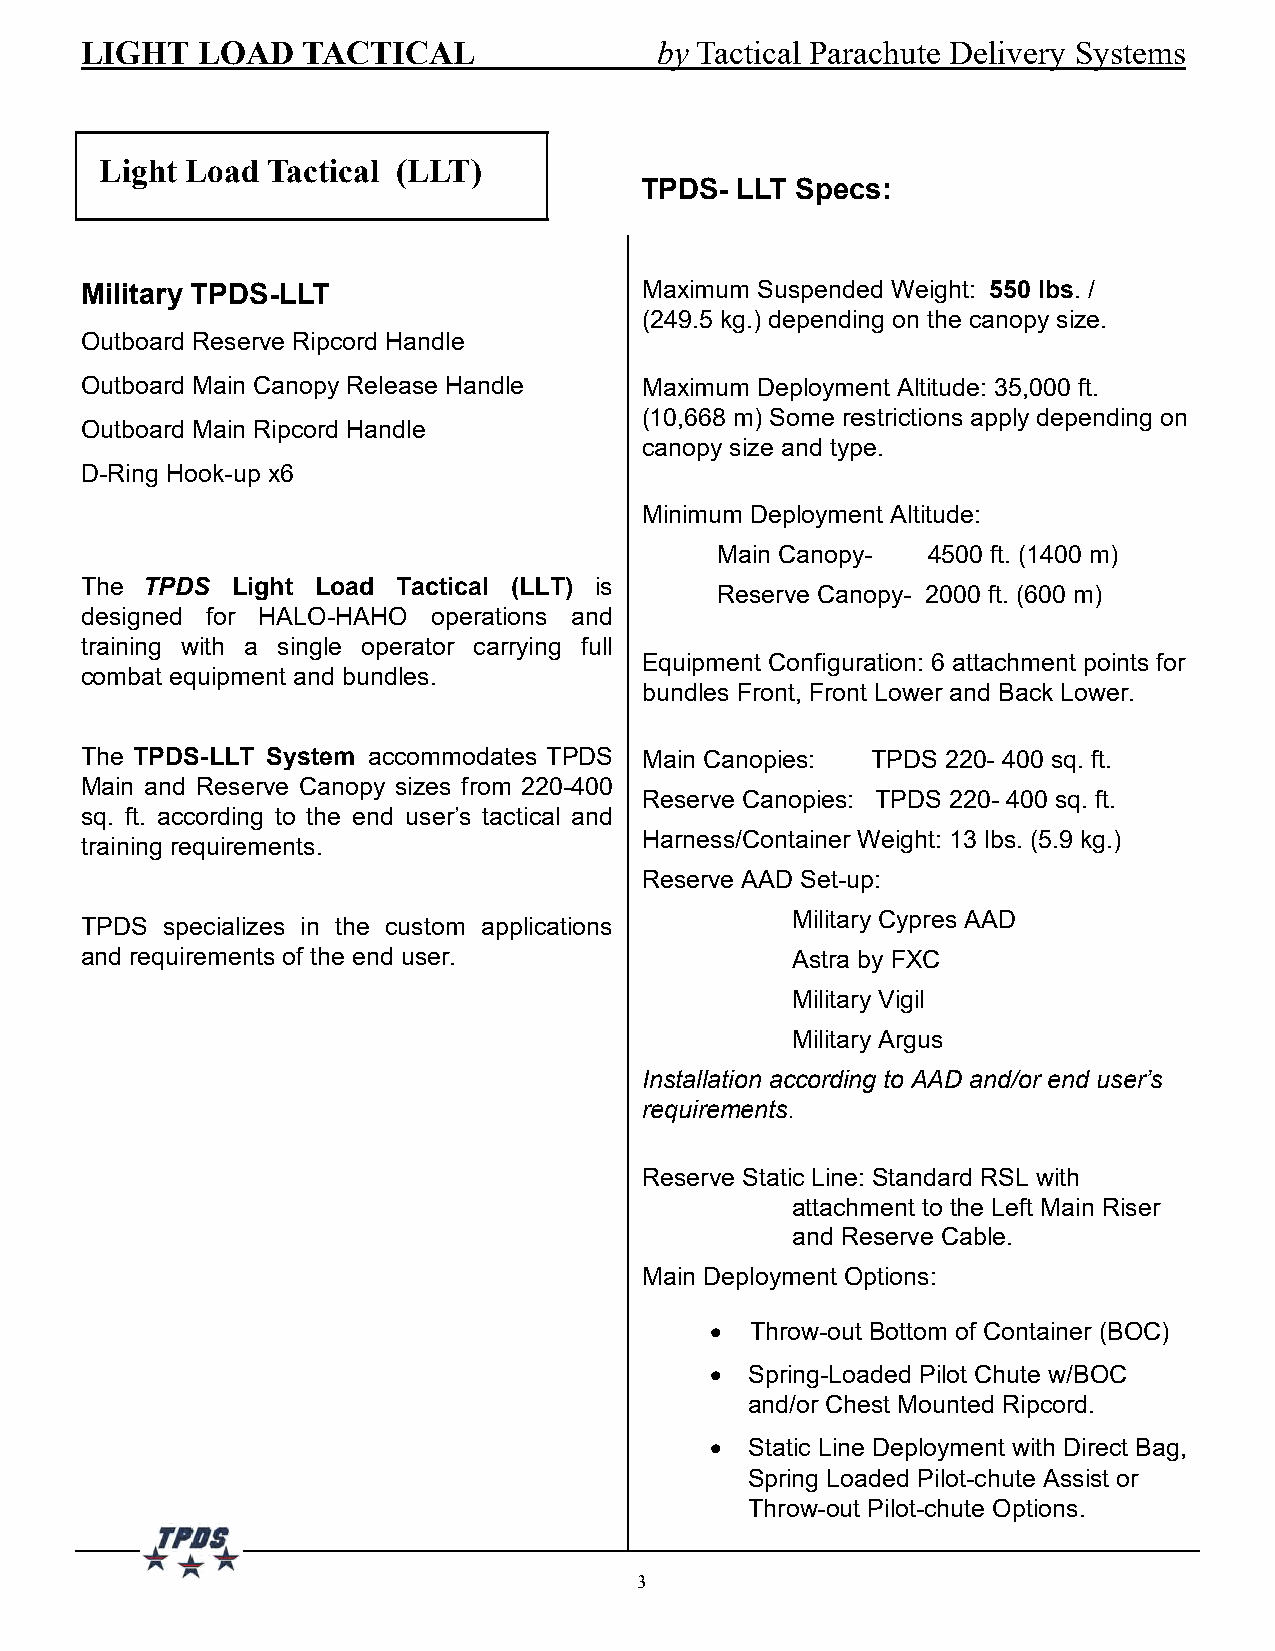
LIGHT   LOAD   TACTICAL               by Tactical Parachute Delivery Systems
 Light Load Tactical (LLT)
 TPDS-  LLT Specs:
 Military TPDS-LLT                    Maximum Suspended Weight: 550 lbs. /
 (249.5 kg.) depending on the canopy size.
 Outboard Reserve Ripcord Handle
 Outboard Main Canopy Release Handle  Maximum Deployment Altitude: 35,000 ft.
 (10,668 m) Some restrictions apply depending on
 Outboard Main Ripcord Handle
 canopy size and type.
 D-Ring Hook-up x6
 Minimum Deployment Altitude:
 Main Canopy-  4500 ft. (1400 m)
 The TPDS  Light Load Tactical (LLT) is
 Reserve Canopy- 2000 ft. (600 m)
 designed for HALO-HAHO  operations and
 training with a single operator carrying full
 Equipment Configuration: 6 attachment points for
 combat equipment and bundles.
 bundles Front, Front Lower and Back Lower.
 The TPDS-LLT System accommodates TPDS Main Canopies: TPDS 220- 400 sq. ft.
 Main and Reserve Canopy sizes from 220-400
 Reserve Canopies: TPDS 220- 400 sq. ft.
 sq. ft. according to the end user’s tactical and
 Harness/Container Weight: 13 lbs. (5.9 kg.)
 training requirements.
 Reserve AAD Set-up:
 Military Cypres AAD
 TPDS  specializes in the custom applications
 and requirements of the end user.              Astra by FXC
 Military Vigil
 Military Argus
 Installation according to AAD and/or end user’s
 requirements.
 Reserve Static Line: Standard RSL with
 attachment to the Left Main Riser
 and Reserve Cable.
 Main Deployment Options:
 ·  Throw-out Bottom of Container (BOC)
 ·  Spring-Loaded Pilot Chute w/BOC
 and/or Chest Mounted Ripcord.
 ·  Static Line Deployment with Direct Bag,
 Spring Loaded Pilot-chute Assist or
 Throw-out Pilot-chute Options.
 3